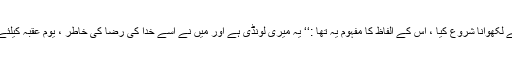
پھر اس نے لکھوانا شروع کیا ، اس کے الفاظ کا مفہوم یہ تھا :‘‘ یہ میری لونڈی ہے اور میں نے اسے خدا کی رضا کی خاطر ، یوم عقبہ کیلئے آزاد کیا ۔